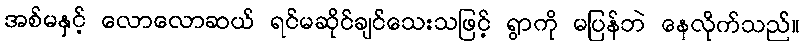
အစ်မနှင့် လောလောဆယ် ရင်မဆိုင်ချင်သေးသဖြင့် ရွာကို မပြန်ဘဲ နေလိုက်သည်။